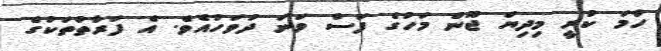
ހާމަ ކުރީ މިދިޔަ ޖޫން މަހުގެ ފަސް ވަނަ ދުވަހުއެވެ. އެ ފަރާތްތަކުގެ